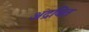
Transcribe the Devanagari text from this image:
अद्रवित